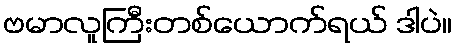
ဗမာလူကြီးတစ်ယောက်ရယ် ဒါပဲ။